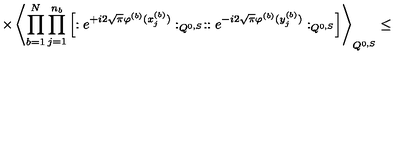
\times \left\langle \prod _ { b = 1 } ^ { N } \prod _ { j = 1 } ^ { n _ { b } } \left[ : e ^ { + i 2 \sqrt { \pi } \varphi ^ { ( b ) } ( x _ { j } ^ { ( b ) } ) } : _ { Q ^ { 0 , S } } : : e ^ { - i 2 \sqrt { \pi } \varphi ^ { ( b ) } ( y _ { j } ^ { ( b ) } ) } : _ { Q ^ { 0 , S } } \right] \right\rangle _ { Q ^ { 0 , S } } \leq